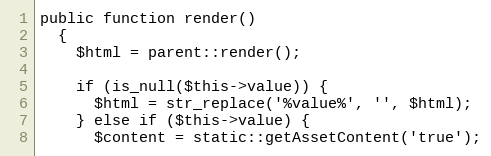
Language: PHP
public function render()
  {
    $html = parent::render();

    if (is_null($this->value)) {
      $html = str_replace('%value%', '', $html);
    } else if ($this->value) {
      $content = static::getAssetContent('true');